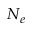
N _ { e }